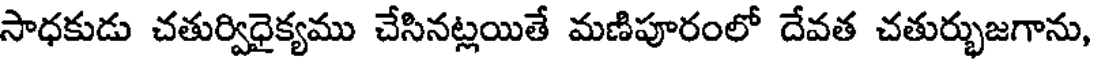
సాధకుడు చతుర్విధైక్యము చేసినట్లయితే మణిపూరంలో దేవత చతుర్భుజగాను,